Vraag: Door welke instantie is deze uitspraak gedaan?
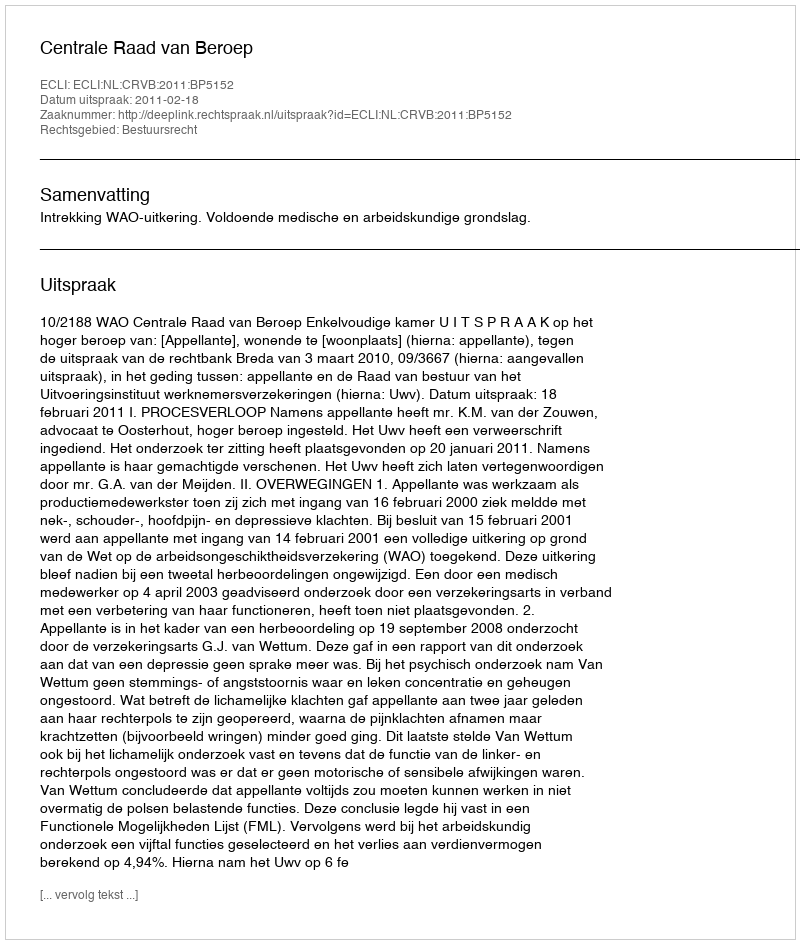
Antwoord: Centrale Raad van Beroep